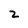
Character: z